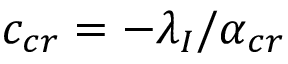
c _ { c r } = - \lambda _ { I } / \alpha _ { c r }